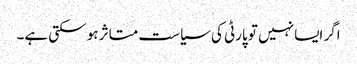
اگر ایسا نہیں تو پارٹی کی سیاست متاثر ہو سکتی ہے۔